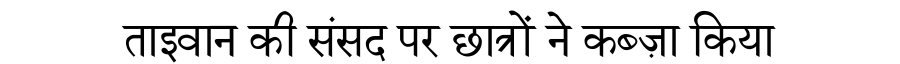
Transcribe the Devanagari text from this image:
ताइवान की संसद पर छात्रों ने कब्ज़ा किया